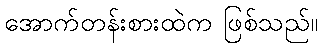
အောက်တန်းစားထဲက ဖြစ်သည်။